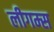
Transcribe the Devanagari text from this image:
लीगम्स